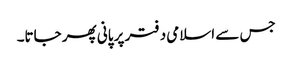
جس سے اسلامی دفتر پر پانی پھر جاتا۔